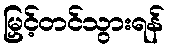
မြှင့်တင်သွားရန်